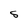
Character: S